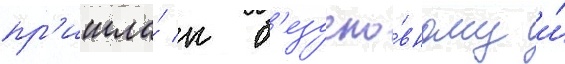
пр'ишла́ к б'езусло́вному и́